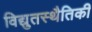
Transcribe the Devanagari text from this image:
विद्युतस्थैतिकी